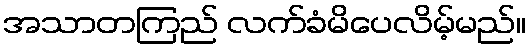
အသာတကြည် လက်ခံမိပေလိမ့်မည်။